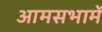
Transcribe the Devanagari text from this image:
आमसभामें